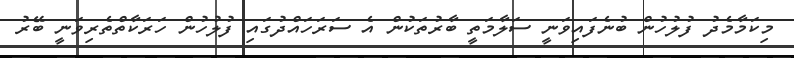
މިކަމާމެދު ފުލުހުން ބުނެފައިވަނީ ސަލާމަތީ ބާރުތަކުން އެ ސަރަހައްދުގައި ފުލުހުން ހަރަކާތްތެރިވަނީ ބޭރު